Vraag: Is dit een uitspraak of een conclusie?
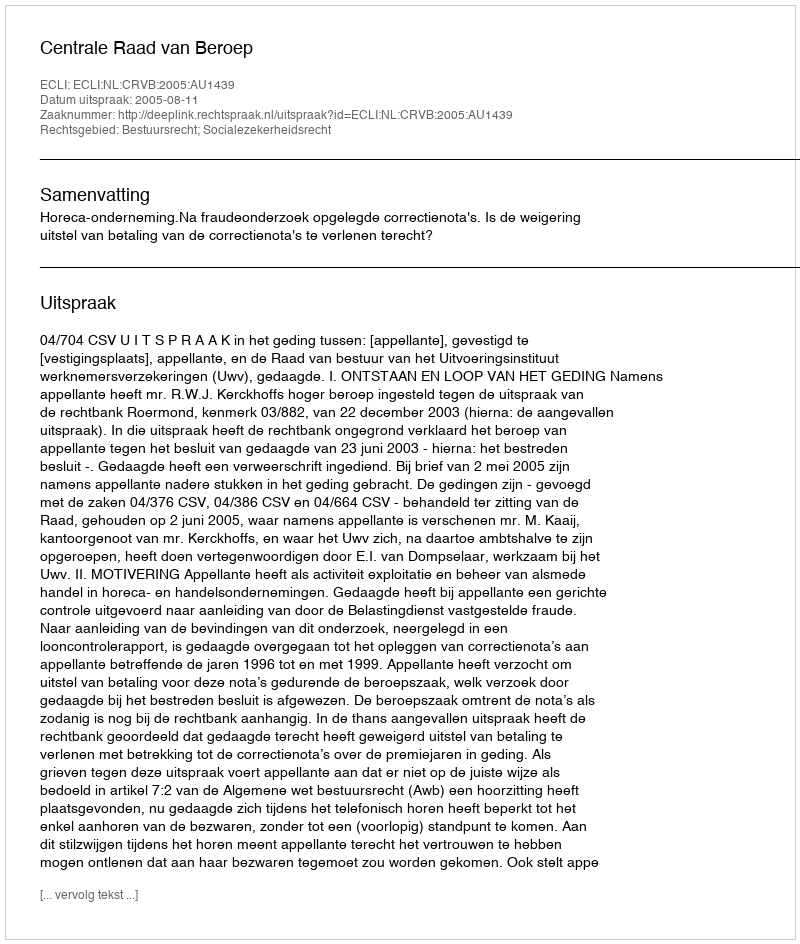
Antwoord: Uitspraak